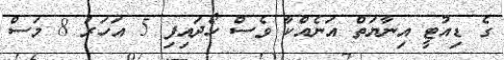
ގެ ޑިއުޓީ އިނާޔަތް އަނެއްކާ ވެސް ހޯދައިފި 5 އަހަރު 8 މަސް